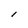
Character: l